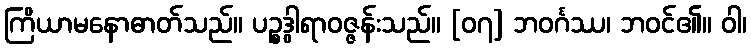
ကြိယာမနောဓာတ်သည်။ ပဉ္စဒွါရာဝဇ္ဇန်းသည်။ [၀၇] ဘဝင်္ဂဿ၊ ဘဝင်၏။ ဝါ၊